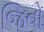
જિવો